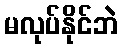
မလုပ်နိုင်ဘဲ